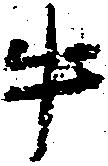
牛